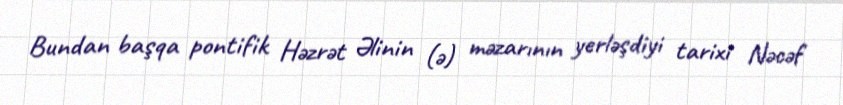
Bundan başqa pontifik Həzrət Əlinin (ə) məzarının yerləşdiyi tarixi Nəcəf